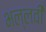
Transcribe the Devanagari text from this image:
भल्लवी